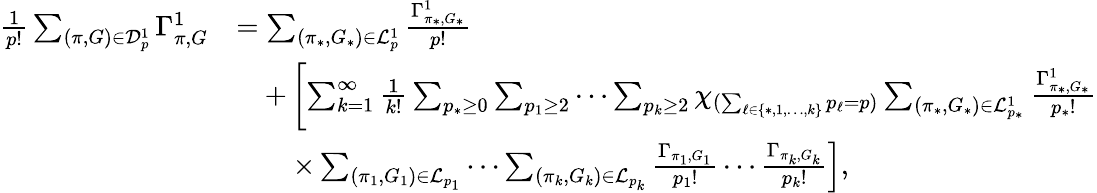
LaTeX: \begin{array}{rl}{\frac{1}{p!}\sum_{(\pi,G)\in\mathcal{D}_{p}^{1}}\Gamma_{\pi,G}^{1}}&{=\sum_{(\pi_{*},G_{*})\in\mathcal{L}_{p}^{1}}\frac{\Gamma_{\pi_{*},G_{*}}^{1}}{p!}}\\ &{\quad+\left[\sum_{k=1}^{\infty}\frac{1}{k!}\sum_{p_{*}\geq 0}\sum_{p_{1}\geq 2}\cdots\sum_{p_{k}\geq 2}\chi_{(\sum_{\ell\in\{ *,1,\ldots,k\} }p_{\ell}=p)}\sum_{(\pi_{*},G_{*})\in\mathcal{L}_{p_{*}}^{1}}\frac{\Gamma_{\pi_{*},G_{*}}^{1}}{p_{*}!}\right.}\\ &{\qquad\left.\times\sum_{(\pi_{1},G_{1})\in\mathcal{L}_{p_{1}}}\cdots\sum_{(\pi_{k},G_{k})\in\mathcal{L}_{p_{k}}}\frac{\Gamma_{\pi_{1},G_{1}}}{p_{1}!}\cdots\frac{\Gamma_{\pi_{k},G_{k}}}{p_{k}!}\right],}\end{array}